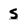
Character: s